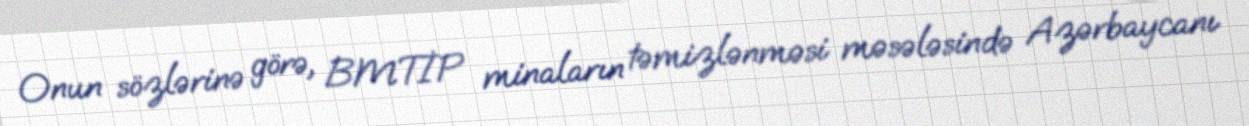
Onun sözlərinə görə, BMTİP minaların təmizlənməsi məsələsində Azərbaycanı